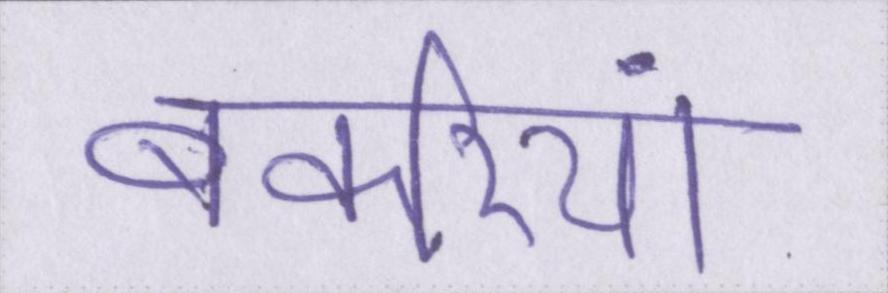
बकरियां